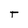
Character: T